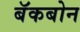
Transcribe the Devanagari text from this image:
बॅकबोन